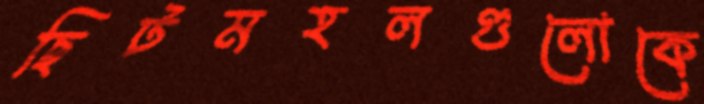
ছিটমহলগুলোকে